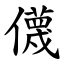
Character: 㒝